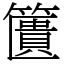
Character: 籄